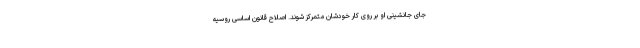
جای جانشینی او بر روی کار خودشان متمرکز شوند. اصلاح قانون اساسی روسیه